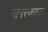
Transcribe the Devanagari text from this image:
जनरंजकता